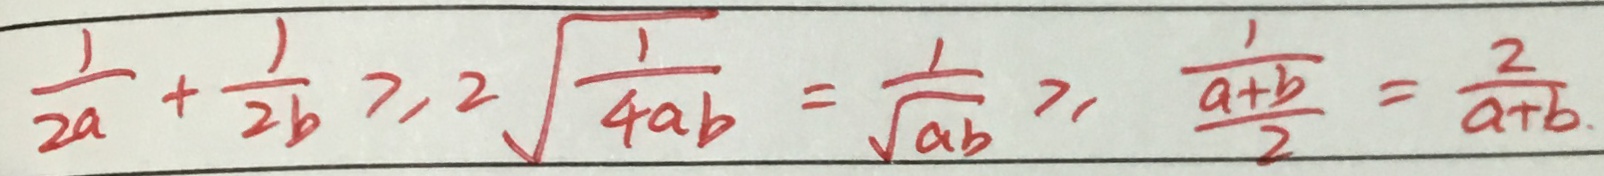
\frac { 1 } { 2 a } + \frac { 1 } { 2 b } \geq 2 \sqrt { \frac { 1 } { 4 a b } } = \frac { 1 } { \sqrt { a b } } \geq \frac { \frac { 1 } { a + b } } { 2 } = \frac { 2 } { a + b }